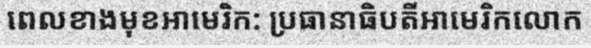
ពេលខាងមុខអាមេរិក: ប្រធានាធិបតីអាមេរិកលោក